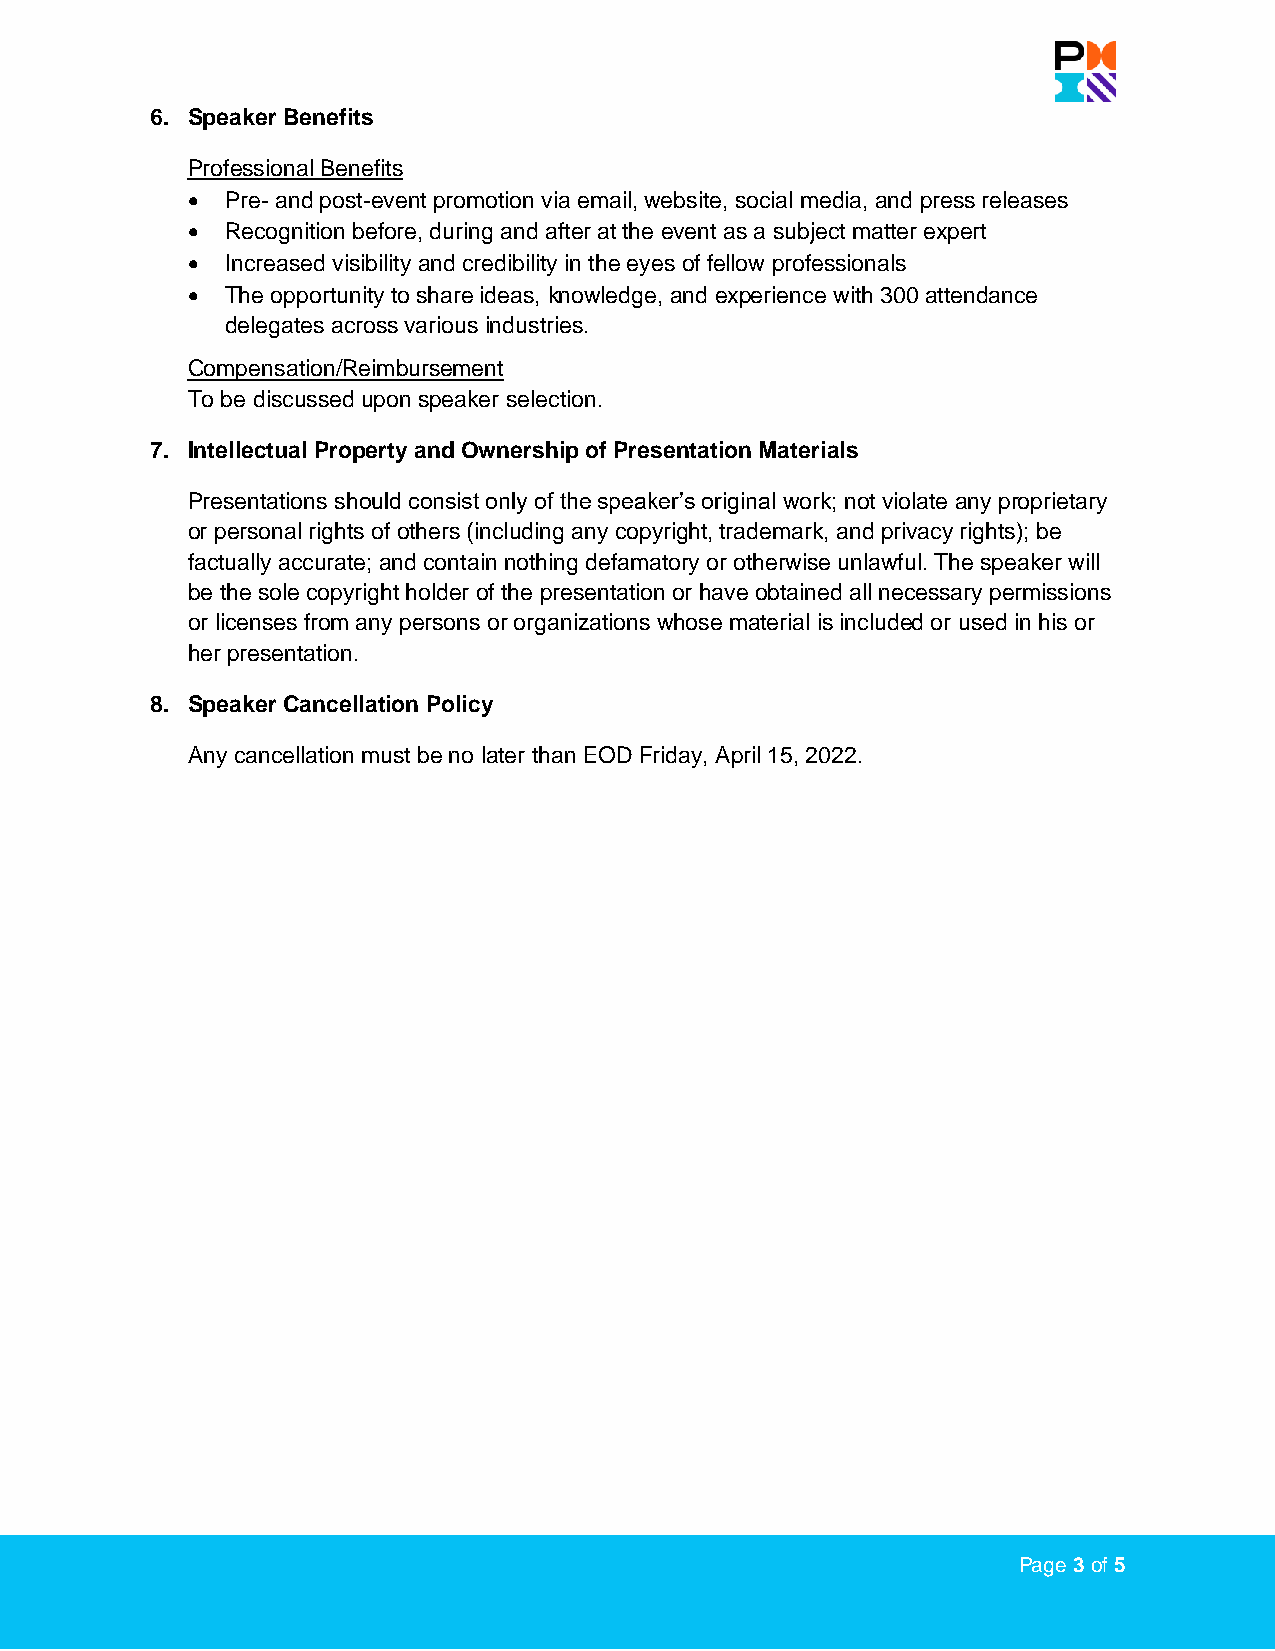
6. Speaker Benefits
 Professional Benefits
 •  Pre- and post-event promotion via email, website, social media, and press releases
 •  Recognition before, during and after at the event as a subject matter expert
 •  Increased visibility and credibility in the eyes of fellow professionals
 •  The opportunity to share ideas, knowledge, and experience with 300 attendance
 delegates across various industries.
 Compensation/Reimbursement
 To be discussed upon speaker selection.
 7. Intellectual Property and Ownership of Presentation Materials
 Presentations should consist only of the speaker’s original work; not violate any proprietary
 or personal rights of others (including any copyright, trademark, and privacy rights); be
 factually accurate; and contain nothing defamatory or otherwise unlawful. The speaker will
 be the sole copyright holder of the presentation or have obtained all necessary permissions
 or licenses from any persons or organizations whose material is included or used in his or
 her presentation.
 8. Speaker Cancellation Policy
 Any cancellation must be no later than EOD Friday, April 15, 2022.
 Page 3 of 5